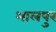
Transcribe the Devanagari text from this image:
भालपुर